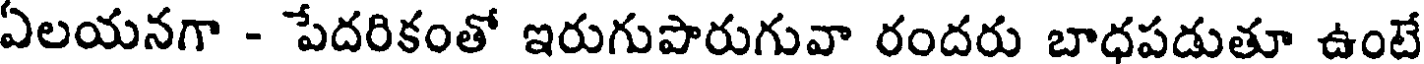
ఏలయనగా - పేదరికంతో ఇరుగుపారుగువా రందరు బాధపడుతూ ఉంటే